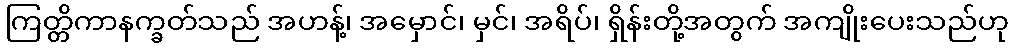
ကြတ္တိကာနက္ခတ်သည် အဟန့်၊ အမှောင်၊ မှင်၊ အရိပ်၊ ရှိန်းတို့အတွက် အကျိုးပေးသည်ဟု